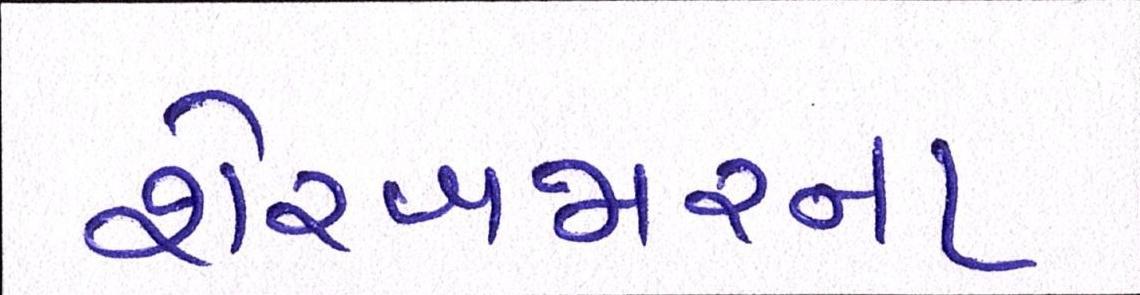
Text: શેરબજારના